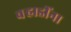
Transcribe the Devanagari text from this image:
वर्‍हाडींना